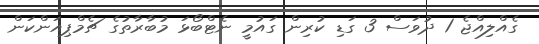
ގެއްލިއްޖެ 1 ދުވަސް 3 ގަޑި ކުރިން ގައުމީ ނެޓްބޯޅަ މުބާރާތުގެ ޗެމްޕިއަންކަން